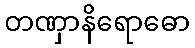
တဏှာနိရောဓော